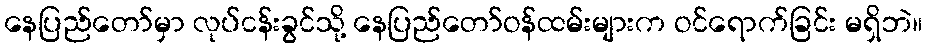
နေပြည်တော်မှာ လုပ်ငန်းခွင်သို့ နေပြည်တော်ဝန်ထမ်းများက ဝင်ရောက်ခြင်း မရှိဘဲ။